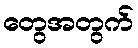
တွေအတွက်